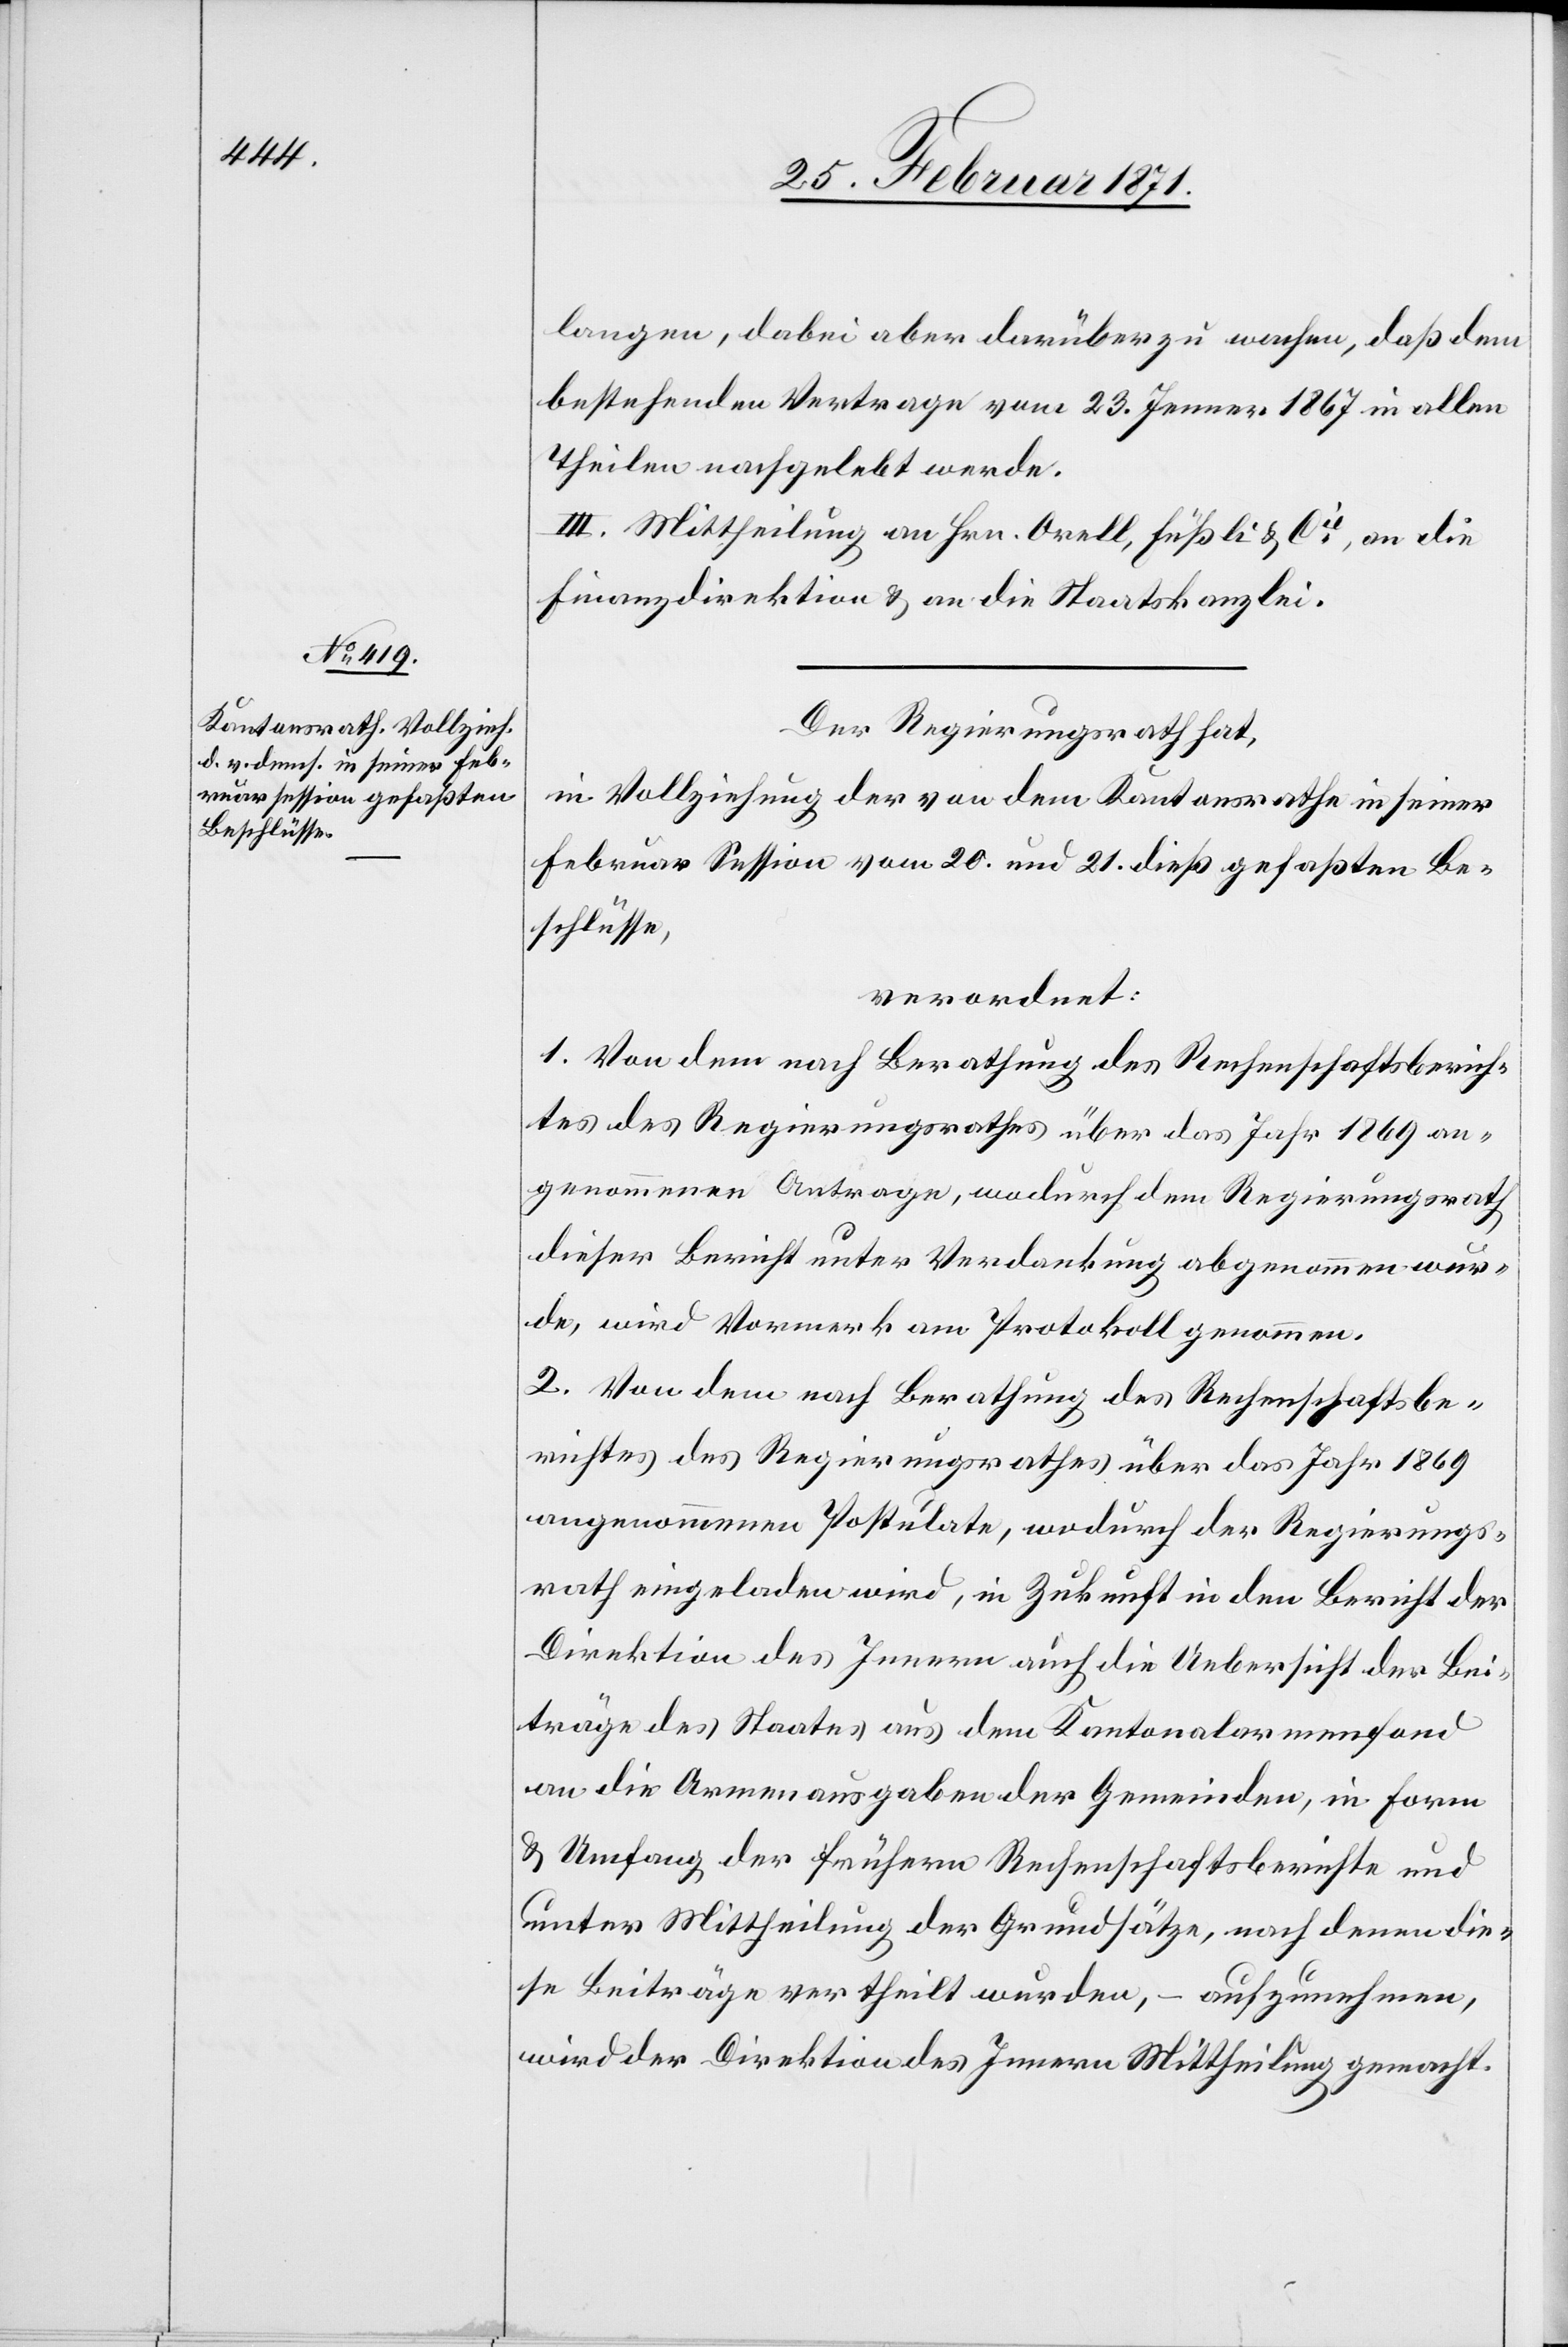
langen, dabei aber darüber zu wachen, daß dem
bestehenden Vertrage vom 23. Jenner 1867 in allen
Theilen nachgelebt werde.
III. Mittheilung an Hrn. Orell, Füßli & Cie., an die
Finanzdirektion u. an die Staatskanzlei.
Der Regierungsrath hat,
in Vollziehung der von dem Kantonsrathe in seiner
Februar Session vom 20. und 21. dieß gefaßten Be¬
schlüsse,
verordnet:
1. Von dem nach Berathung des Rechenschaftsberich¬
ts des Regierungsrathes über das Jahr 1869 an¬
genommenen Antrage, wodurch dem Regierungsrath
dieser Bericht unter Verdankung abgenommen wur¬
de, wird Vormerk am Protokoll genommen.
2. Von dem nach Berathung des Rechenschaftsbe¬
richtes des Regierungsrathes über das Jahr 1869
angenommenen Postulate, wodurch der Regierungs¬
rath eingeladen wird, in Zukunft in den Bericht der
Direktion des Innern auch die Uebersicht der Bei¬
träge des Staates aus dem Kantonalarmenfond
an die Armenausgaben der Gemeinden, in Form
u. Umfang der frühern Rechenschaftsberichte und
unter Mittheilung der Grundsätze, nach denen die¬
se Beiträge vertheilt wurden, – aufzunehmen,
wird der Direktion des Innern Mittheilung gemacht.